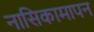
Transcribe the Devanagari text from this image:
नासिकामापन